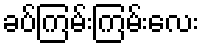
ခပ်ကြမ်းကြမ်းလေး